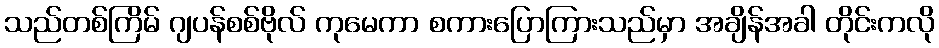
သည်တစ်ကြိမ် ဂျပန်စစ်ဗိုလ် ကုမေကာ စကားပြောကြားသည်မှာ အချိန်အခါ တိုင်းကလို